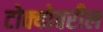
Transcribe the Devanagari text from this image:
टोक्योवरील